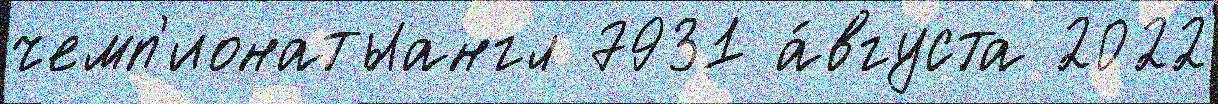
чемп'ионатыангл 7931 а́вгуста 2022